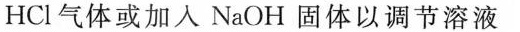
HCl气体或加入NaOH固体以调节溶液